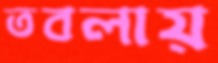
তবলায়